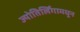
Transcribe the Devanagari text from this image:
ज्योतिर्लिंगामधून